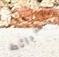
الشرائط